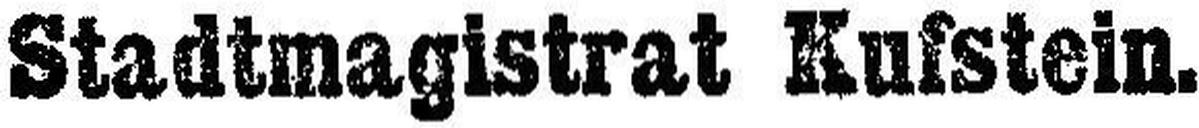
Stadtmagistrat Kufstein.